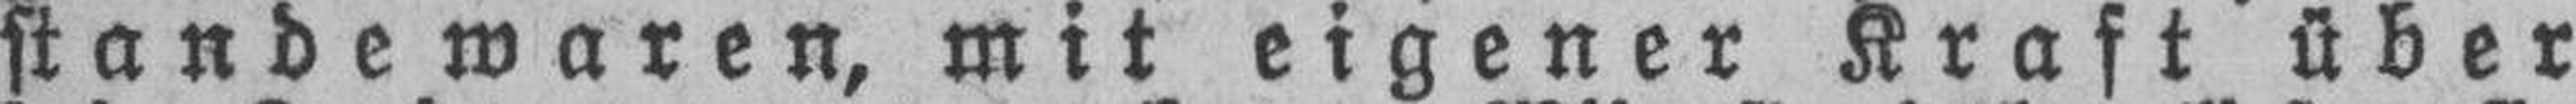
stande waren, mit eigener Kraft über